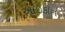
આઇકૉન